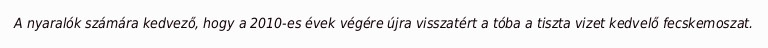
A nyaralók számára kedvező, hogy a 2010-es évek végére újra visszatért a tóba a tiszta vizet kedvelő fecskemoszat.